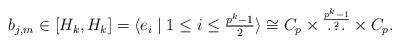
LaTeX: \begin{align*} b_{j,m} \in [H_k,H_k] = \langle e_i \mid 1 \le i \le \tfrac{p^k-1}{2} \rangle \cong C_p \times \overset{\frac{p^k-1}{2}}{\ldots} \times C_p. \end{align*}